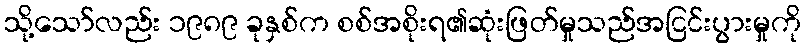
သို့သော်လည်း ၁၉၈၉ ခုနှစ်က စစ်အစိုးရ၏ဆုံးဖြတ်မှုသည်အငြင်းပွားမှုကို